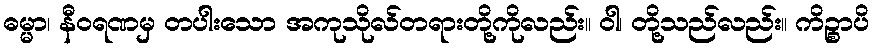
ဓမ္မာ၊ နီဝရဏမှ တပါးသော အကုသိုလ်တရားတို့ကိုလည်း။ ဝါ၊ တို့သည်လည်း။ ကိဉ္စာပိ